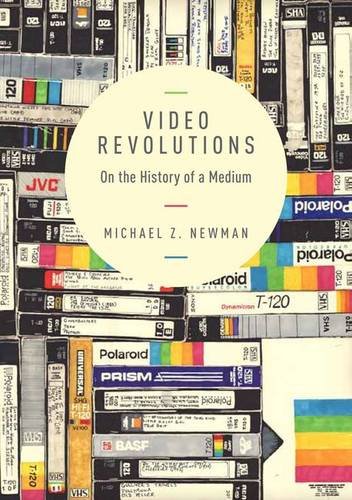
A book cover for Video Revolutions: On the History of a Medium; Michael Z. Newman; Humor & Entertainment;